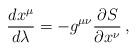
LaTeX: \begin{align*}\frac{dx^{\mu}}{d\lambda}=-g^{\mu\nu}\frac{\partial S}{\partial x^{\nu}}\,,\end{align*}